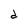
Character: d